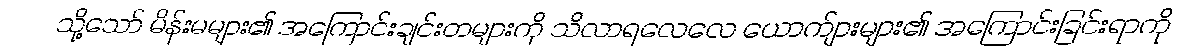
သို့သော် မိန်းမများ၏ အကြောင်းချင်းတများကို သိလာရလေလေ ယောက်ျားများ၏ အကြောင်းခြင်းရာကို